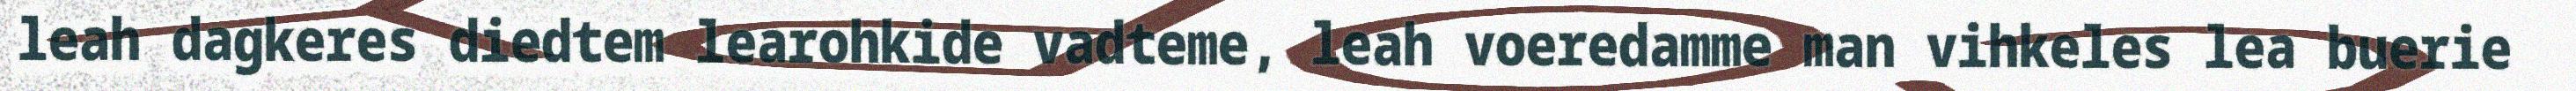
leah dagkeres diedtem learohkide vadteme, leah voeredamme man vihkeles lea buerie